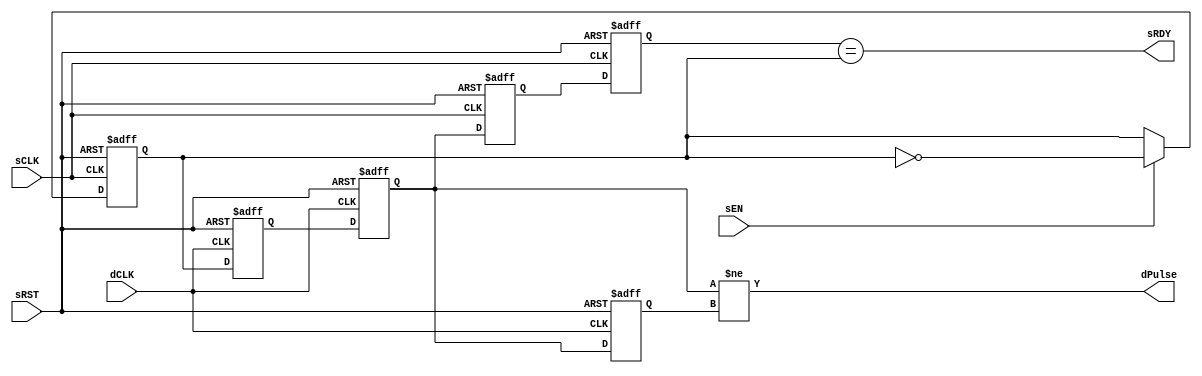
// Copyright (c) 2000-2013 Bluespec, Inc.

// Permission is hereby granted, free of charge, to any person obtaining a copy
// of this software and associated documentation files (the "Software"), to deal
// in the Software without restriction, including without limitation the rights
// to use, copy, modify, merge, publish, distribute, sublicense, and/or sell
// copies of the Software, and to permit persons to whom the Software is
// furnished to do so, subject to the following conditions:

// The above copyright notice and this permission notice shall be included in
// all copies or substantial portions of the Software.

// THE SOFTWARE IS PROVIDED "AS IS", WITHOUT WARRANTY OF ANY KIND, EXPRESS OR
// IMPLIED, INCLUDING BUT NOT LIMITED TO THE WARRANTIES OF MERCHANTABILITY,
// FITNESS FOR A PARTICULAR PURPOSE AND NONINFRINGEMENT. IN NO EVENT SHALL THE
// AUTHORS OR COPYRIGHT HOLDERS BE LIABLE FOR ANY CLAIM, DAMAGES OR OTHER
// LIABILITY, WHETHER IN AN ACTION OF CONTRACT, TORT OR OTHERWISE, ARISING FROM,
// OUT OF OR IN CONNECTION WITH THE SOFTWARE OR THE USE OR OTHER DEALINGS IN
// THE SOFTWARE.
//
// $Revision$
// $Date$

`ifdef BSV_ASSIGNMENT_DELAY
`else
  `define BSV_ASSIGNMENT_DELAY
`endif

`ifdef BSV_POSITIVE_RESET
  `define BSV_RESET_VALUE 1'b1
  `define BSV_RESET_EDGE posedge
`else
  `define BSV_RESET_VALUE 1'b0
  `define BSV_RESET_EDGE negedge
`endif


//
// Transfer takes 2 dCLK to see data,
// sRDY recovers takes 2 dCLK + 2 sCLK
module SyncHandshake(
                     sCLK,
                     sRST,
                     dCLK,
                     sEN,
                     sRDY,
                     dPulse
                     );
   parameter init = 1'b0;
   parameter delayreturn = 1'b0;

   // Source clock port signal
   input     sCLK ;
   input     sRST ;
   input     sEN ;
   output    sRDY ;

   // Destination clock port signal
   input     dCLK ;
   output    dPulse ;

   // Flops to hold data
   reg       dSyncReg1, dSyncReg2 ;
   reg       dLastState ;
   reg       sToggleReg ;
   reg       sSyncReg1, sSyncReg2 ;

   // Output signal
   assign    dPulse = dSyncReg2 != dLastState ;
   assign    sRDY = sSyncReg2 == sToggleReg;
   wire      ackValue = delayreturn ? dLastState : dSyncReg2 ;

   always @(posedge sCLK or `BSV_RESET_EDGE sRST)
     begin
        if (sRST == `BSV_RESET_VALUE)
           begin
              sSyncReg1  <= `BSV_ASSIGNMENT_DELAY ! init ; // Reset hi so sRDY is low during reset
              sSyncReg2  <= `BSV_ASSIGNMENT_DELAY ! init ;
              sToggleReg <= `BSV_ASSIGNMENT_DELAY init ;
           end
        else
           begin

              // hadshake return synchronizer
              sSyncReg1 <= `BSV_ASSIGNMENT_DELAY ackValue ;// clock domain crossing
              sSyncReg2 <= `BSV_ASSIGNMENT_DELAY sSyncReg1 ;

              // Pulse send
              if ( sEN )
                begin
                   sToggleReg <= `BSV_ASSIGNMENT_DELAY ! sToggleReg ;
                end // if ( sEN )

           end
     end // always @ (posedge sCLK or `BSV_RESET_EDGE sRST)

   always @(posedge dCLK or `BSV_RESET_EDGE sRST)
     begin
        if (sRST == `BSV_RESET_VALUE)
          begin
             dSyncReg1  <= `BSV_ASSIGNMENT_DELAY init;
             dSyncReg2  <= `BSV_ASSIGNMENT_DELAY init;
             dLastState <= `BSV_ASSIGNMENT_DELAY init ;
          end
        else
           begin
              dSyncReg1 <= `BSV_ASSIGNMENT_DELAY sToggleReg ;// domain crossing
              dSyncReg2 <= `BSV_ASSIGNMENT_DELAY dSyncReg1 ;
              dLastState <= `BSV_ASSIGNMENT_DELAY dSyncReg2 ;
           end
     end // always @ (posedge dCLK or `BSV_RESET_EDGE sRST)

`ifdef BSV_NO_INITIAL_BLOCKS
`else // not BSV_NO_INITIAL_BLOCKS
   // synopsys translate_off
   initial
      begin
         dSyncReg1 = init ;
         dSyncReg2 = init ;
         dLastState = init ;

         sToggleReg = init ;
         sSyncReg1 = ! init ;
         sSyncReg2 = ! init ;

      end // initial begin
   // synopsys translate_on
`endif // BSV_NO_INITIAL_BLOCKS

endmodule // HandshakeSync